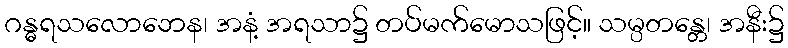
ဂန္ဓရသလောဘေန၊ အနံ့ အရသာ၌ တပ်မက်မောသဖြင့်။ သမ္ပတန္တေ၊ အနီး၌